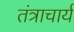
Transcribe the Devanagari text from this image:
तंत्राचार्य